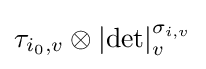
\tau _{i_{0},v}\otimes \left|\det \right|_{v}^{\sigma _{i,v}}